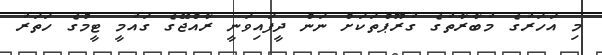
މި އަހަރުގެ މުބާރާތުގެ ގުރޫޕްތަކަށް ނަން ދީފައިވަނީ ރާއްޖޭގެ ގައުމީ ޓީމުގެ ހަތަރު